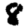
Digit: 8